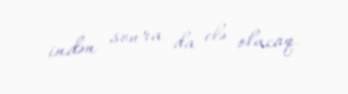
indən sonra da elə olacaq.